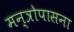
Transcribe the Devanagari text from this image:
मन्त्रोपासना